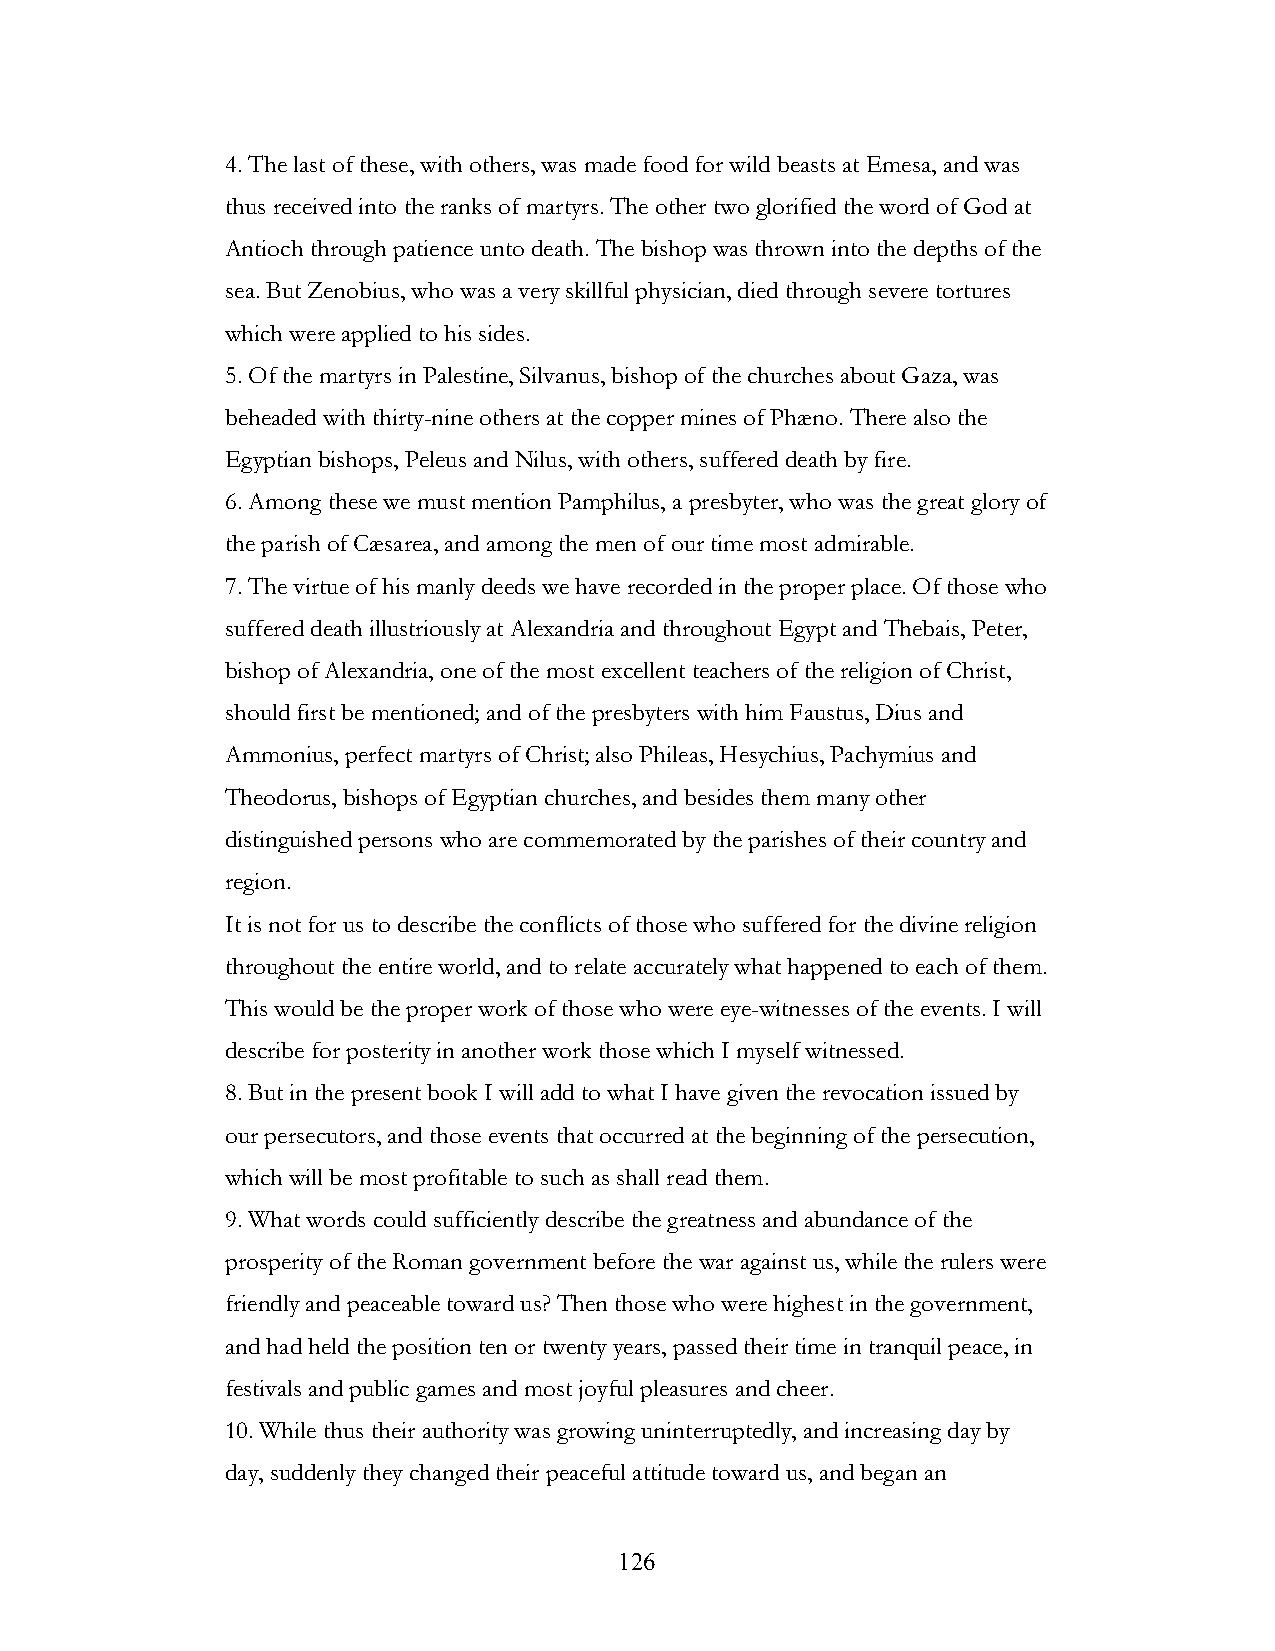
4. The last of these, with others, was made food for wild beasts at Emesa, and was
 thus received into the ranks of martyrs. The other two glorified the word of God at
 Antioch through patience unto death. The bishop was thrown into the depths of the
 sea. But Zenobius, who was a very skillful physician, died through severe tortures
 which were applied to his sides.
 5. Of the martyrs in Palestine, Silvanus, bishop of the churches about Gaza, was
 beheaded with thirty-nine others at the copper mines of Phæno. There also the
 Egyptian bishops, Peleus and Nilus, with others, suffered death by fire.
 6. Among these we must mention Pamphilus, a presbyter, who was the great glory of
 the parish of Cæsarea, and among the men of our time most admirable.
 7. The virtue of his manly deeds we have recorded in the proper place. Of those who
 suffered death illustriously at Alexandria and throughout Egypt and Thebais, Peter,
 bishop of Alexandria, one of the most excellent teachers of the religion of Christ,
 should first be mentioned; and of the presbyters with him Faustus, Dius and
 Ammonius, perfect martyrs of Christ; also Phileas, Hesychius, Pachymius and
 Theodorus, bishops of Egyptian churches, and besides them many other
 distinguished persons who are commemorated by the parishes of their country and
 region.
 It is not for us to describe the conflicts of those who suffered for the divine religion
 throughout the entire world, and to relate accurately what happened to each of them.
 This would be the proper work of those who were eye-witnesses of the events. I will
 describe for posterity in another work those which I myself witnessed.
 8. But in the present book I will add to what I have given the revocation issued by
 our persecutors, and those events that occurred at the beginning of the persecution,
 which will be most profitable to such as shall read them.
 9. What words could sufficiently describe the greatness and abundance of the
 prosperity of the Roman government before the war against us, while the rulers were
 friendly and peaceable toward us? Then those who were highest in the government,
 and had held the position ten or twenty years, passed their time in tranquil peace, in
 festivals and public games and most joyful pleasures and cheer.
 10. While thus their authority was growing uninterruptedly, and increasing day by
 day, suddenly they changed their peaceful attitude toward us, and began an
 !                         126